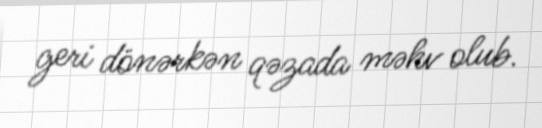
geri dönərkən qəzada məhv olub.